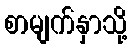
စာမျက်နှာသို့